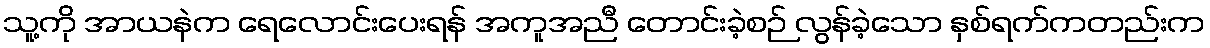
သူ့ကို အာယနဲက ရေလောင်းပေးရန် အကူအညီ တောင်းခဲ့စဉ် လွန်ခဲ့သော နှစ်ရက်ကတည်းက